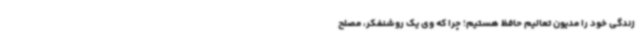
زندگی خود را مدیون تعالیم حافظ هستیم؛ چرا که وی یک روشنفکر، مصلح